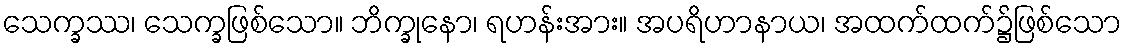
သေက္ခဿ၊ သေက္ခဖြစ်သော။ ဘိက္ခုနော၊ ရဟန်းအား။ အပရိဟာနာယ၊ အထက်ထက်၌ဖြစ်သော